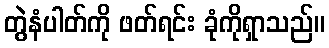
တွဲနံပါတ်ကို ဖတ်ရင်း ခုံကိုရှာသည်။